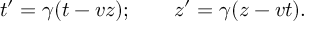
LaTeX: t ^ { \prime } = \gamma ( t - v z ) ; \qquad z ^ { \prime } = \gamma ( z - v t ) .